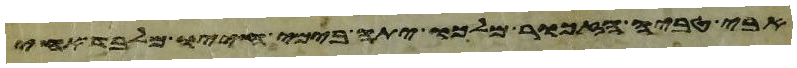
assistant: וקרא בה כל ימי חייו למען ילמד ליראה